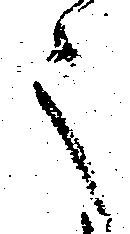
之